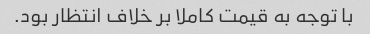
با توجه به قیمت کاملا بر خلاف انتظار بود.